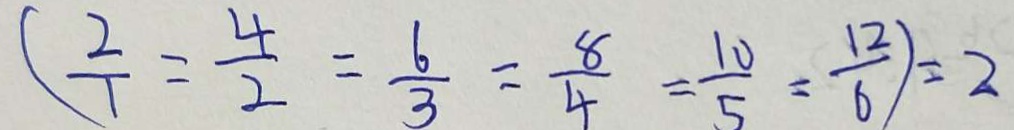
( \frac { 2 } { 1 } = \frac { 4 } { 2 } = \frac { 6 } { 3 } = \frac { 8 } { 4 } = \frac { 1 0 } { 5 } = \frac { 1 2 } { 6 } ) = 2